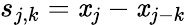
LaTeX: s_{j,k}=\mathit{x}_{j}-\mathit{x}_{j-k}